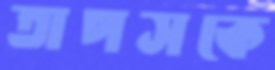
তাপসকে